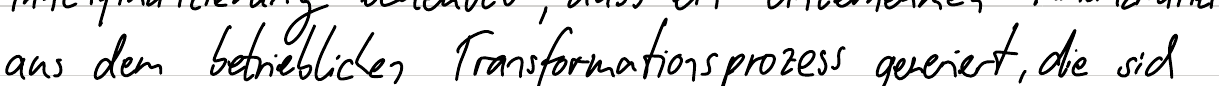
aus dem betrieblichen Transformationsprozess generiert, die sich